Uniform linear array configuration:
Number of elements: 32
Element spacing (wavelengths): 0.5
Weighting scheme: uniform
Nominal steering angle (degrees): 45
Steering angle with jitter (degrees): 45.143
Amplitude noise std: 0.05
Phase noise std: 0.05

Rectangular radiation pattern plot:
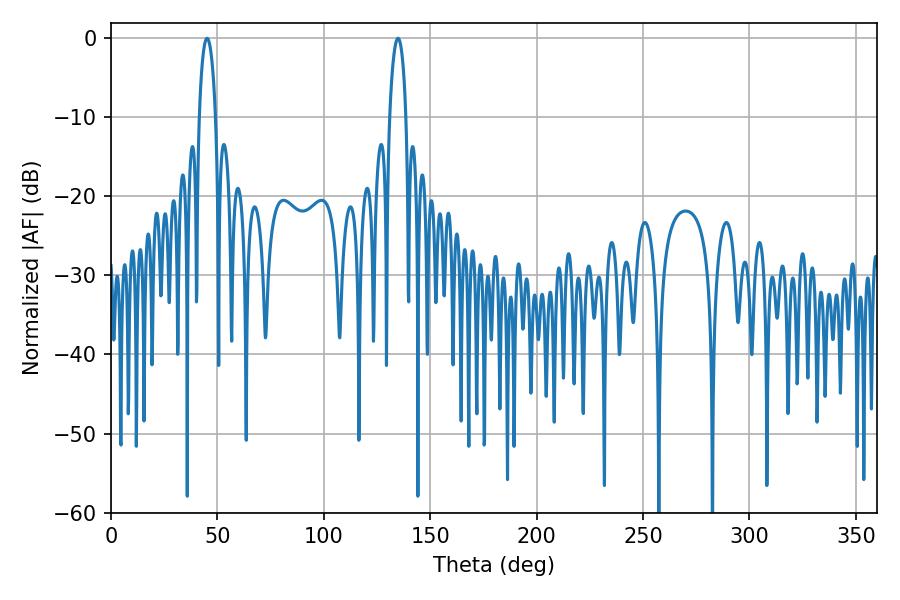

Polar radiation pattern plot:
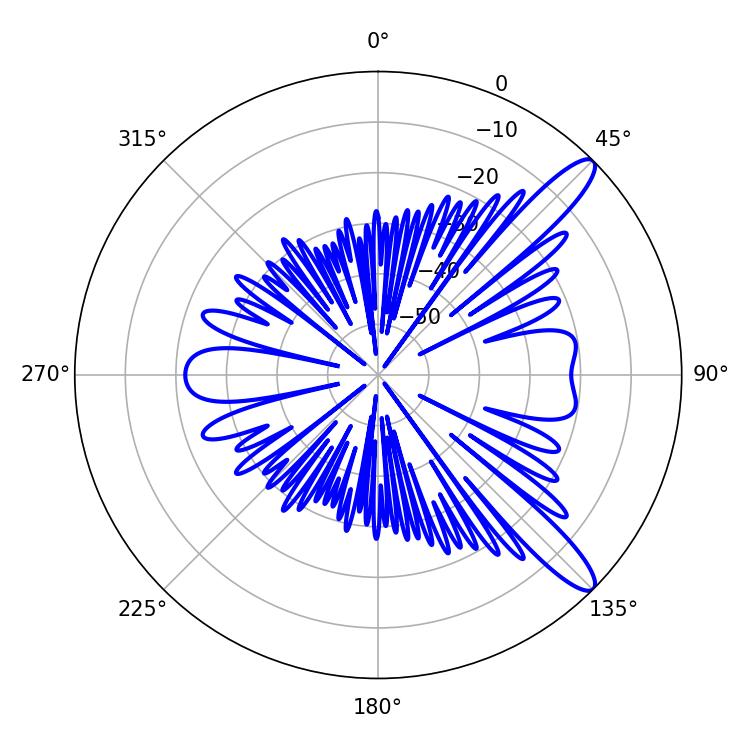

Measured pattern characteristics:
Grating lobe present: FALSE
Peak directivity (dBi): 12.047
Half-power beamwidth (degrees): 4.32
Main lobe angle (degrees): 45.18